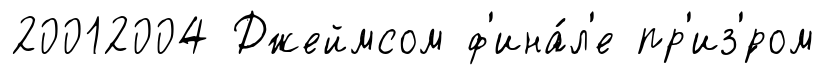
20012004 Джеймсом ф'ина́л'е пр'из'́ром